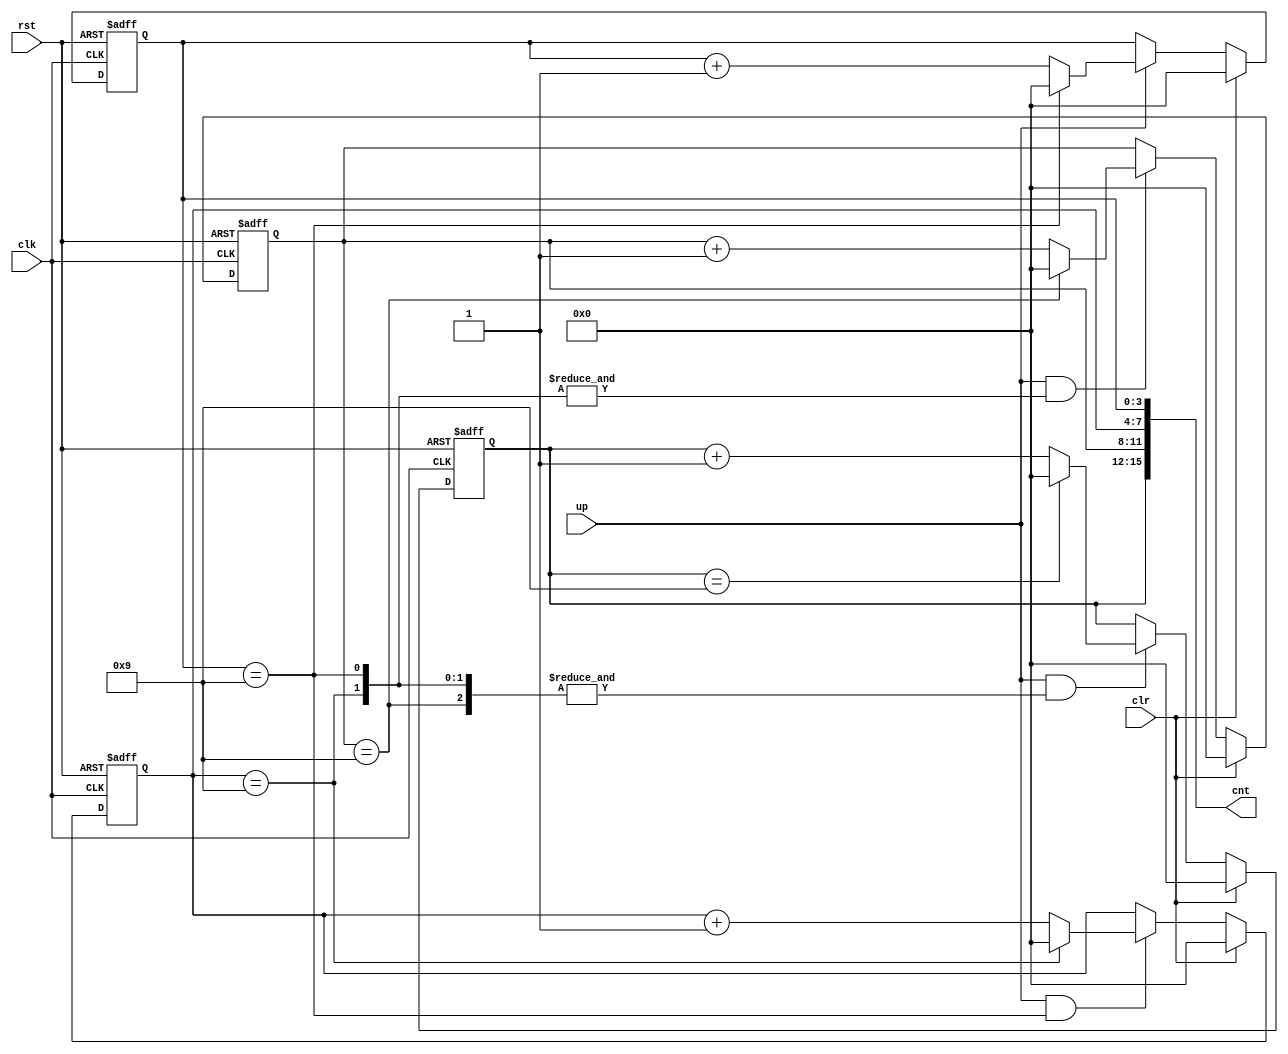
// This program was cloned from: https://github.com/jotego/jtcores
// License: GNU General Public License v3.0

/*  This file is part of JTFRAME.
    JTFRAME program is free software: you can redistribute it and/or modify
    it under the terms of the GNU General Public License as published by
    the Free Software Foundation, either version 3 of the License, or
    (at your option) any later version.

    JTFRAME program is distributed in the hope that it will be useful,
    but WITHOUT ANY WARRANTY; without even the implied warranty of
    MERCHANTABILITY or FITNESS FOR A PARTICULAR PURPOSE.  See the
    GNU General Public License for more details.

    You should have received a copy of the GNU General Public License
    along with JTFRAME.  If not, see <http://www.gnu.org/licenses/>.

    Author: Jose Tejada Gomez. Twitter: @topapate
    Version: 1.0
    Date: 22-12-2022 */

// BCD counter

module jtframe_bcd_cnt #(parameter DIGITS=4, WRAP=1 ) (
    input               rst,
    input               clk,
    input               clr,
    input               up,
    output reg [DIGITS*4-1:0] cnt
);

integer i;
genvar k;
reg [DIGITS-1:0] nines;

always @* begin
    for( i=0; i<DIGITS; i=i+1 )
        nines[i] = cnt[(i*4)+:4]==4'h9;
end

always @(posedge clk, posedge rst) begin
    if( rst ) begin
        cnt[3:0] <= 0;
    end else begin
        if( clr ) begin
            cnt[3:0] <= 0;
        end else if( up && (WRAP==1 || ~&nines) ) begin
            cnt[3:0] <= cnt[3:0]==4'd9 ? 4'd0 : cnt[3:0] + 1'd1;
        end
    end
end

generate
    for( k=1; k<DIGITS; k=k+1 ) begin : upper_bcds
        always @(posedge clk, posedge rst) begin
            if( rst ) begin
                cnt[k*4+:4] <= 0;
            end else begin
                if( clr ) begin
                    cnt[k*4+:4] <= 0;
                end else if( up && (WRAP==1 || ~&nines) && &nines[0+:k] ) begin
                    cnt[k*4+:4] <= cnt[k*4+:4]==4'd9 ? 4'd0 : cnt[k*4+:4] + 1'd1;
                end
            end
        end
    end
endgenerate

endmodule